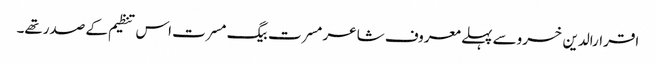
اقرارالدین خسروسے پہلے معروف شاعر مسرت بیگ مسرت اس تنظیم کے صدرتھے۔